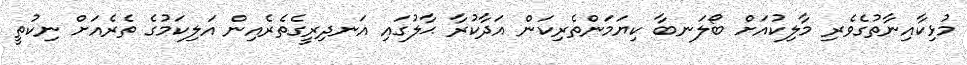
މުޅިކާއިނާތުގެވެރި މާލިކުއަށް ބޯލަނބާ ކިޔަމަންތެރިކަން އަދާކުރާ ޙާލުގައި އަނދިރީގެތެރެއިން އަލިކަމުގެ ތެރެއަށް ނިކުތީ